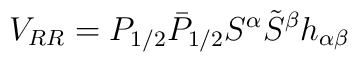
V_{RR} =P_{1/2}\bar P_{1/2} S^\alpha \tilde S^\beta h_{\alpha\beta}